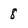
Character: 8